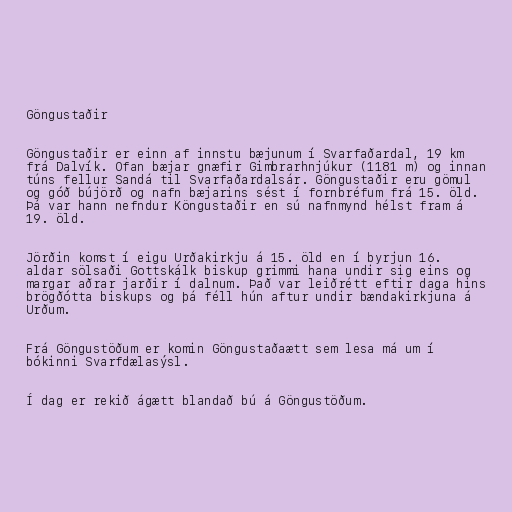
Göngustaðir

Göngustaðir er einn af innstu bæjunum í Svarfaðardal, 19 km
frá Dalvík. Ofan bæjar gnæfir Gimbrarhnjúkur (1181 m) og innan
túns fellur Sandá til Svarfaðardalsár. Göngustaðir eru gömul
og góð bújörð og nafn bæjarins sést í fornbréfum frá 15. öld.
Þá var hann nefndur Köngustaðir en sú nafnmynd hélst fram á
19. öld.

Jörðin komst í eigu Urðakirkju á 15. öld en í byrjun 16.
aldar sölsaði Gottskálk biskup grimmi hana undir sig eins og
margar aðrar jarðir í dalnum. Það var leiðrétt eftir daga hins
brögðótta biskups og þá féll hún aftur undir bændakirkjuna á
Urðum.

Frá Göngustöðum er komin Göngustaðaætt sem lesa má um í
bókinni Svarfdælasýsl.

Í dag er rekið ágætt blandað bú á Göngustöðum.